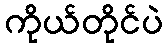
ကိုယ်တိုင်ပဲ